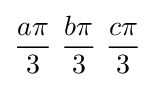
{a\pi  \over 3}\ {b\pi  \over 3}\ {c\pi  \over 3}